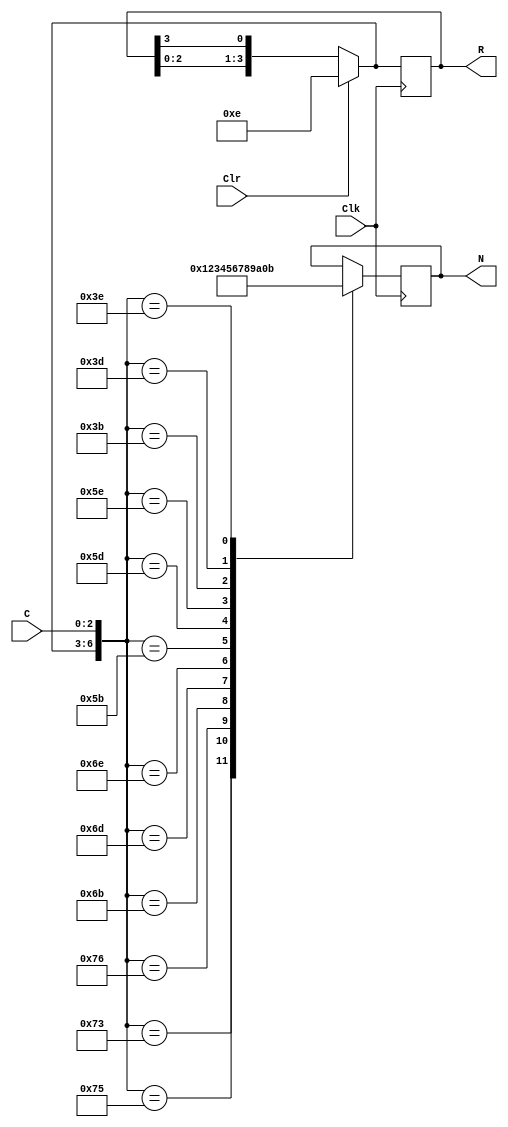
// Ch10 kb1.v
// LyJ

module kb1 (Clk, Clr, C, R, N);
input  Clk, Clr;	// @J
input  [1:3]  C;	// TJ
output [4:1]  R;	// |X
output [3:0]  N;	// |X
reg    [4:1]  R;	// is
reg    [3:0]  N;	// is

// yH R, `
always@ (posedge Clk)
  begin
    if (Clr)
      R = 4'b1110;			// R  (u@0)
    else
      R = {R[3:1],R[4]};		// `

// C, GsJ N
    case ({R,C})
      7'b1110011  : N = 4'b0001;  	// 1
      7'b1110101  : N = 4'b0010;  	// 2
      7'b1110110  : N = 4'b0011;  	// 3
      7'b1101011  : N = 4'b0100;  	// 4
      7'b1101101  : N = 4'b0101;  	// 5
      7'b1101110  : N = 4'b0110;  	// 6
      7'b1011011  : N = 4'b0111;  	// 7
      7'b1011101  : N = 4'b1000; 	// 8
      7'b1011110  : N = 4'b1001;  	// 9
      7'b0111011  : N = 4'b1010;  	// *
      7'b0111101  : N = 4'b0000;  	// 0
      7'b0111110  : N = 4'b1011;  	// #
      default     : N = N;        	// 
    endcase
  end

endmodule